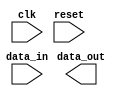
module fifo_buffer (
    input wire clk,
    input wire reset,
    input wire data_in,
    output reg data_out
);

// Declare signals for timing control and synchronization

// Timing control logic
always @(posedge clk or posedge reset) begin
    if (reset) begin
        // Reset logic
    end else begin
        // Clock gating logic
        // Data transfer timing logic
        // Write and read data in correct order logic
    end
end

// Synchronization logic
always @(*) begin
    // Data synchronization between clock domains
end

// Additional logic for FIFO buffer operation

endmodule